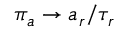
\pi _ { a } \to a _ { r } / \tau _ { r }